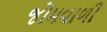
જોમવાળી